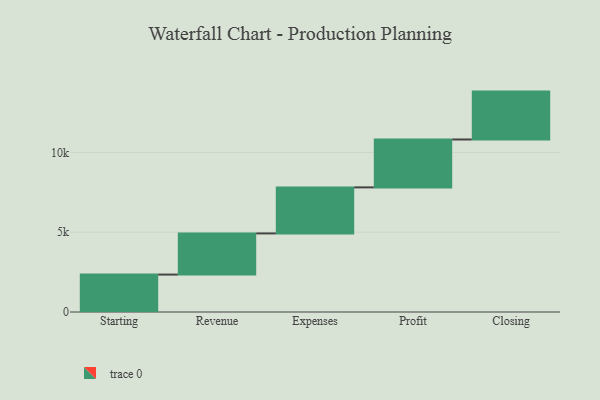
{"axis": {"x": "Step", "y": "Value"}, "legend": [""], "data": [{"x": "Starting", "y": 2344.0, "type": ""}, {"x": "Revenue", "y": 2578.0, "type": ""}, {"x": "Expenses", "y": 2884.0, "type": ""}, {"x": "Profit", "y": 3000, "type": ""}, {"x": "Closing", "y": 3000, "type": ""}]}